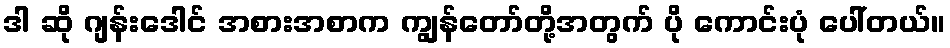
ဒါ ဆို ဂျန်းဒေါင် အစားအစာက ကျွန်တော်တို့အတွက် ပို ကောင်းပုံ ပေါ်တယ်။